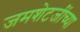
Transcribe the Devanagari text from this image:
जमशेटजींच्या